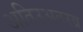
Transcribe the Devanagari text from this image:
अतिउअतरव्र